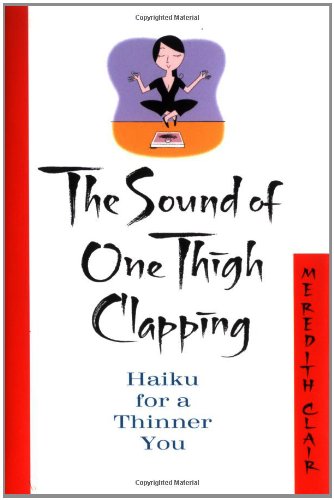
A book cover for The Sound of One Thigh Clapping: Haiku for a Thinner You; Meredith Clair; Health, Fitness & Dieting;